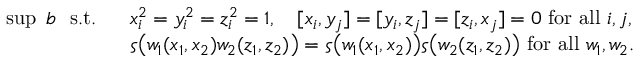
\begin{array} { r l } { \operatorname* { s u p } \ b \ \mathrm { ~ s . t . ~ } } & { \ x _ { i } ^ { 2 } = y _ { i } ^ { 2 } = z _ { i } ^ { 2 } = 1 , \quad [ x _ { i } , y _ { j } ] = [ y _ { i } , z _ { j } ] = [ z _ { i } , x _ { j } ] = 0 \mathrm { ~ f o r ~ a l l ~ } i , j , } \\ & { \ \varsigma \big ( w _ { 1 } ( x _ { 1 } , x _ { 2 } ) w _ { 2 } ( z _ { 1 } , z _ { 2 } ) \big ) = \varsigma \big ( w _ { 1 } ( x _ { 1 } , x _ { 2 } ) \big ) \varsigma \big ( w _ { 2 } ( z _ { 1 } , z _ { 2 } ) \big ) \mathrm { ~ f o r ~ a l l ~ } w _ { 1 } , w _ { 2 } . } \end{array}